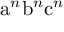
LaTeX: { \mathrm { a } } ^ { n } { \mathrm { b } } ^ { n } { \mathrm { c } } ^ { n }